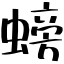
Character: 螃